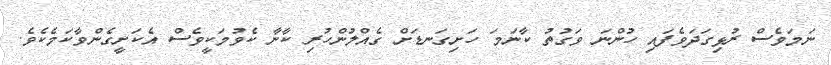
ނަމަވެސް ރުޅިގަދަވެފައި ހުންނަ ވަގުތު ކާނަމަ ހަށިގަނޑަށް ގެއްލުންހުރި ކާނާ ކެވުމަކީވެސް އެކަށީގެންވާކަމެކެވެ.